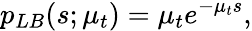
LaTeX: p_{LB}(s;\mu_{t})=\mu_{t}e^{-\mu_{t}s},